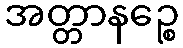
အတ္တာနဉ္စေ